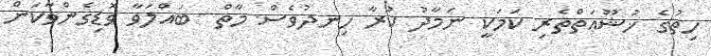
ހިތުގެ ޚުޝޫޢަތްތެރި ކަމަކީ ނަމާދު ކުރާ ހިނދުވެސް މާތް  ބައްލަވާ ވޮޑިގެންވާކަން